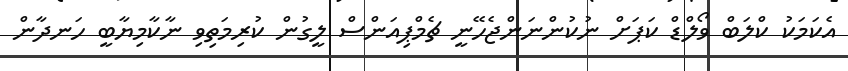
އެކަމަކު ކްލަބް ވޯލްޑް ކަޕަށް ނުކުންނަންޖެހޭނީ ޗެމްޕިއަންސް ލީގުން ކުރިމަތިވި ނާކާމިޔާބީ ހަނދާން